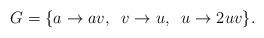
LaTeX: \begin{align*} G = \{ a \rightarrow a v,\;\; v\rightarrow u, \;\; u \rightarrow 2uv\}.\end{align*}